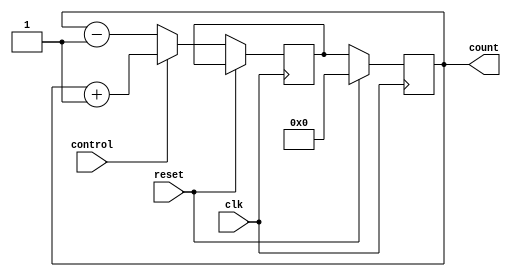
module UpDownCounter(
    input wire clk,
    input wire reset,
    input wire control,
    output reg [3:0] count
);

reg [3:0] next_count;

always @(posedge clk) begin
    if (reset) begin
        count <= 4'b0000;
    end else begin
        if (control) begin
            next_count <= count + 1;
        end else begin
            next_count <= count - 1;
        end
        count <= next_count;
    end
end

endmodule